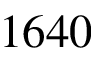
1 6 4 0